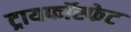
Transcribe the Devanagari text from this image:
ट्रायफॉस्फेट